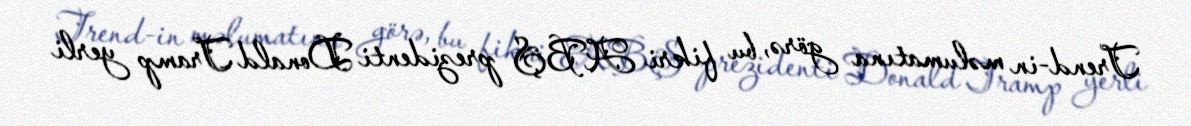
Trend-in məlumatına görə, bu fikri ABŞ prezidenti Donald Tramp yerli